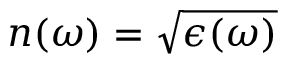
\begin{array} { r } { \begin{array} { r } { n ( \omega ) = \sqrt { \epsilon ( \omega ) } } \end{array} } \end{array}